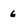
Character: 6